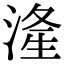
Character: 湰